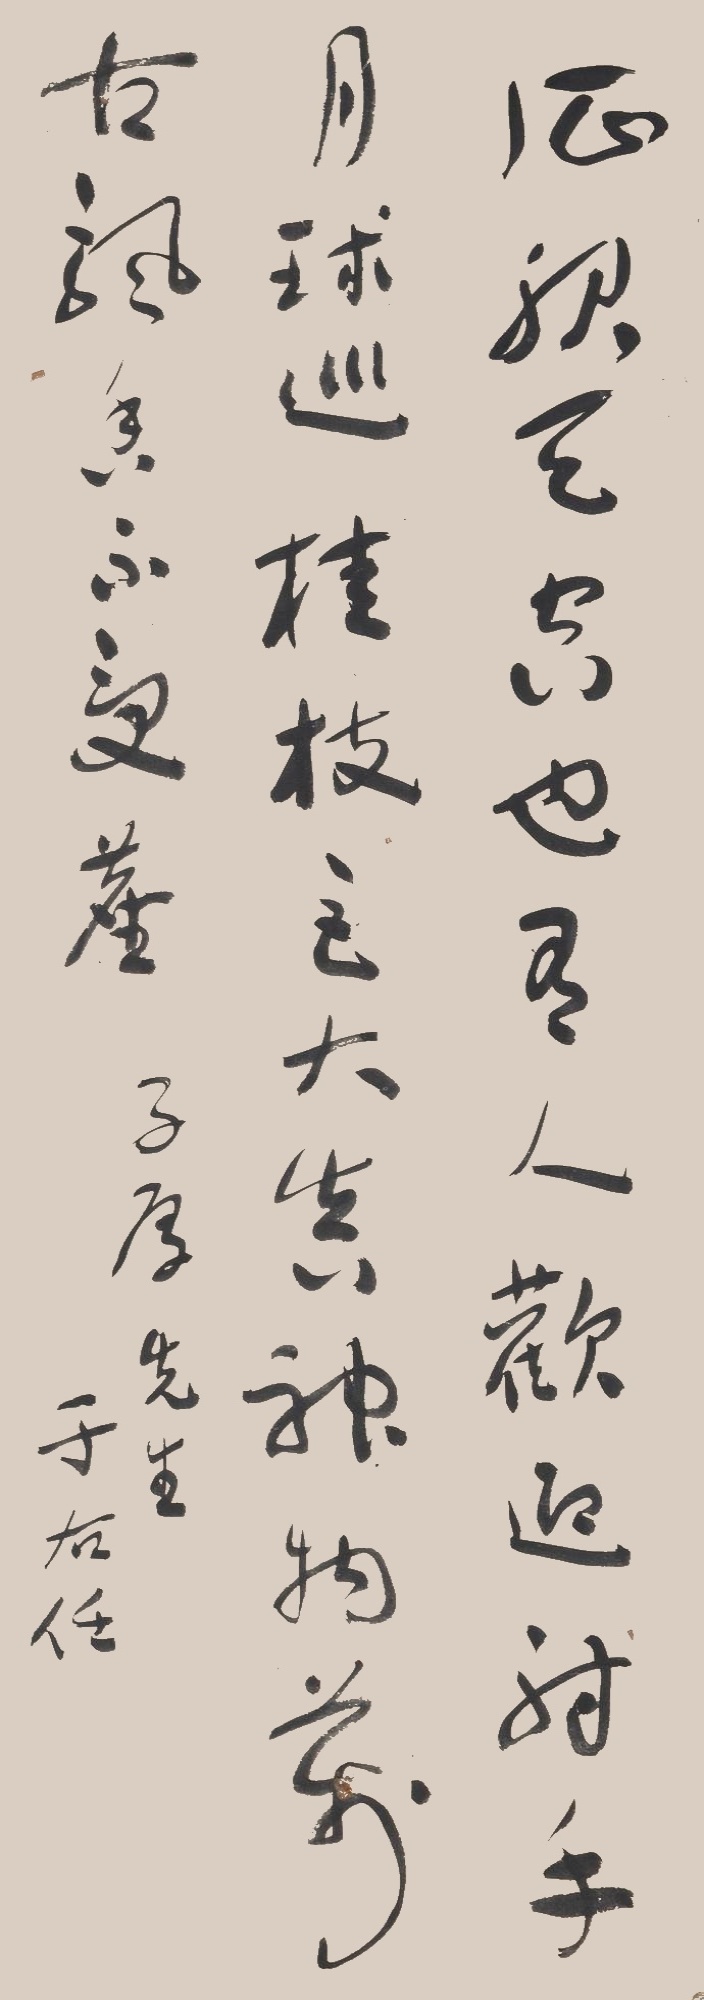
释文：征服天空也有人，欢迎射手月球巡。桂枝巨大真神物，万古飘香不受尘。子厚先生。于右任。